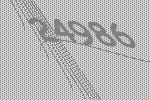
24986